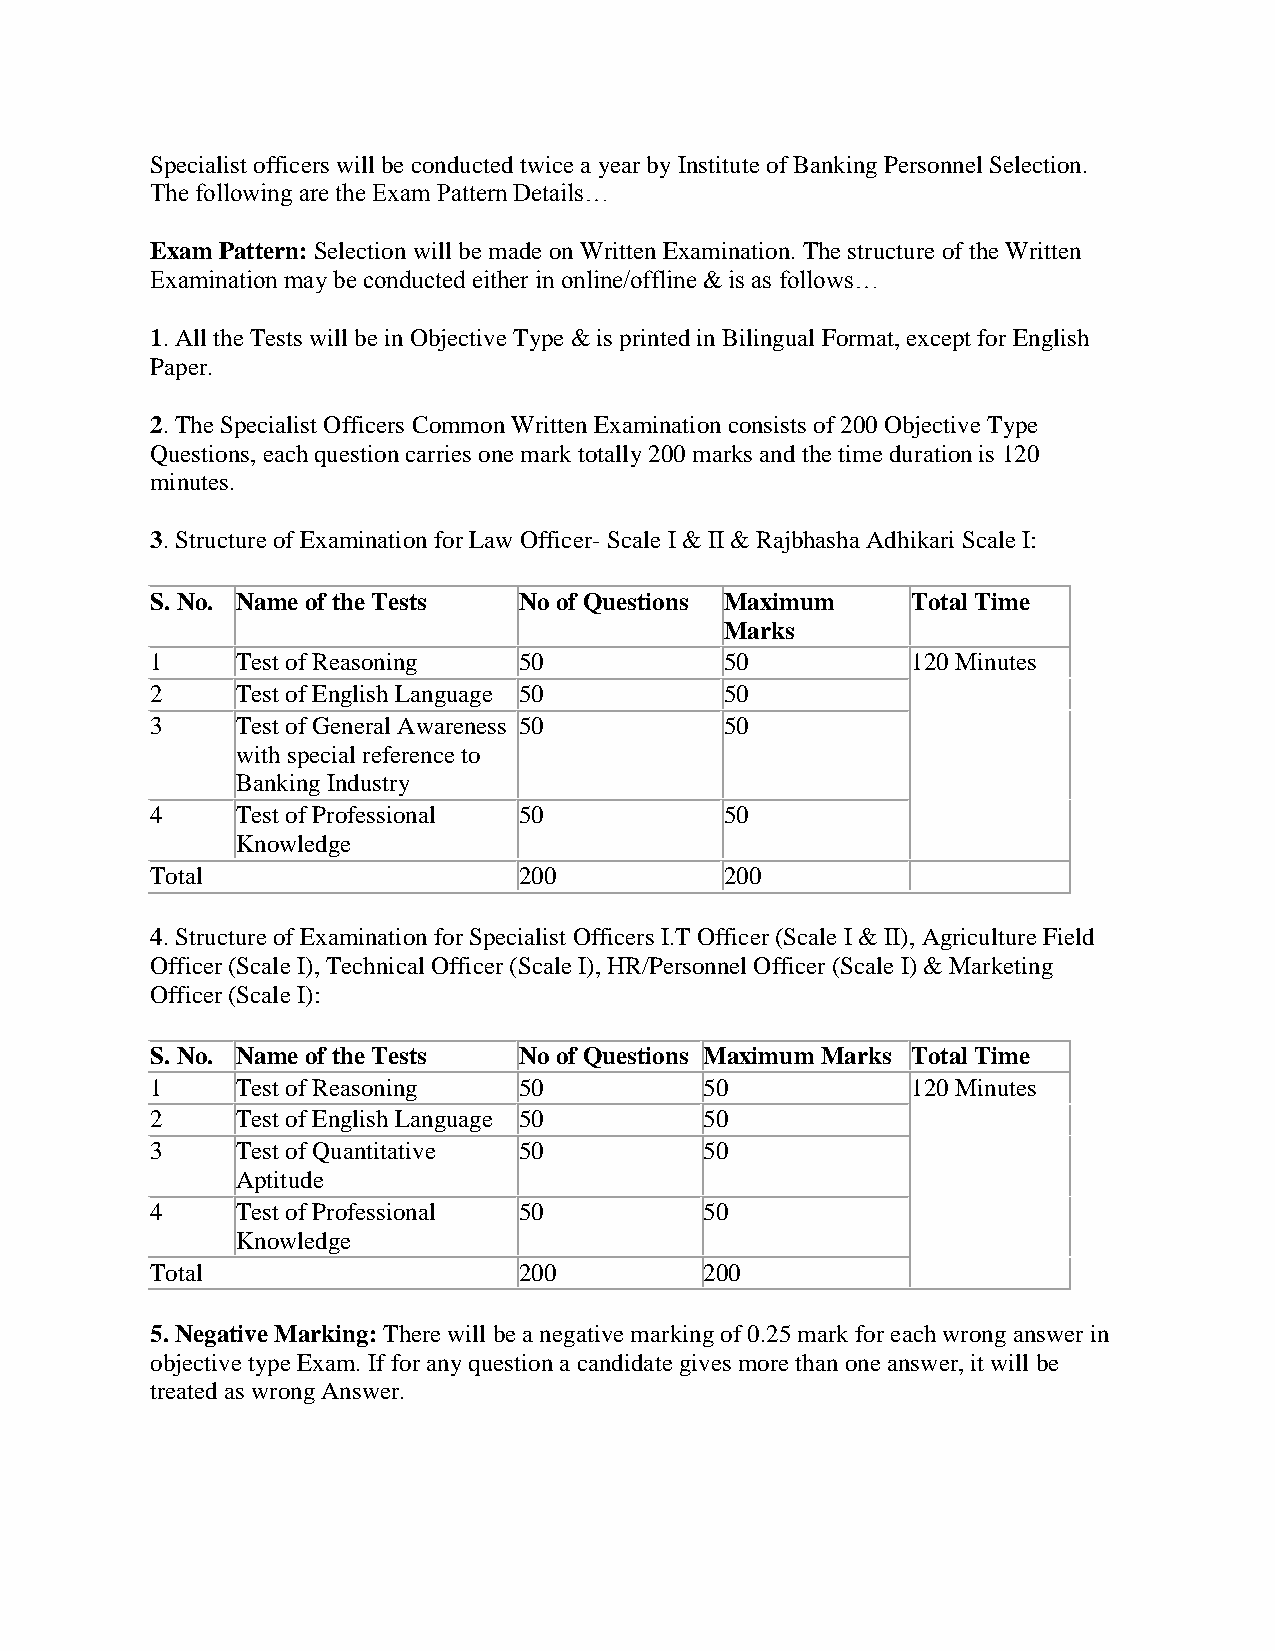
Specialist officers will be conducted twice a year by Institute of Banking Personnel Selection.
 The following are the Exam Pattern Details…
 Exam Pattern: Selection will be made on Written Examination. The structure of the Written
 Examination may be conducted either in online/offline & is as follows…
 1. All the Tests will be in Objective Type & is printed in Bilingual Format, except for English
 Paper.
 2. The Specialist Officers Common Written Examination consists of 200 Objective Type
 Questions, each question carries one mark totally 200 marks and the time duration is 120
 minutes.
 3. Structure of Examination for Law Officer- Scale I & II & Rajbhasha Adhikari Scale I:
 S. No. Name of the Tests No of Questions Maximum  Total Time
 Marks
 1     Test of Reasoning 50            50          120 Minutes
 2     Test of English Language 50     50
 3     Test of General Awareness 50    50
 with special reference to
 Banking Industry
 4     Test of Professional 50         50
 Knowledge
 Total                   200           200
 4. Structure of Examination for Specialist Officers I.T Officer (Scale I & II), Agriculture Field
 Officer (Scale I), Technical Officer (Scale I), HR/Personnel Officer (Scale I) & Marketing
 Officer (Scale I):
 S. No. Name of the Tests No of Questions Maximum Marks Total Time
 1     Test of Reasoning 50           50           120 Minutes
 2     Test of English Language 50    50
 3     Test of Quantitative 50        50
 Aptitude
 4     Test of Professional 50        50
 Knowledge
 Total                   200          200
 5. Negative Marking: There will be a negative marking of 0.25 mark for each wrong answer in
 objective type Exam. If for any question a candidate gives more than one answer, it will be
 treated as wrong Answer.